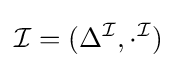
{\mathcal {I}}=(\Delta ^{\mathcal {I}},\cdot ^{\mathcal {I}})